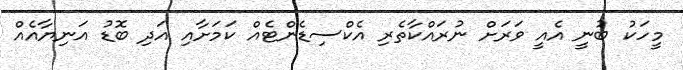
މީހަކު ބުނީ އެއީ ވަރަށް ނުރައްކާތެރި އެކްސިޑެންޓެއް ކަމަށާއި އަދި ބޮޑު އަނިޔާއެއް